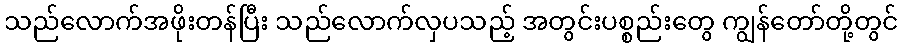
သည်လောက်အဖိုးတန်ပြီး သည်လောက်လှပသည့် အတွင်းပစ္စည်းတွေ ကျွန်တော်တို့တွင်